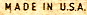
MADE IN U.S.A.